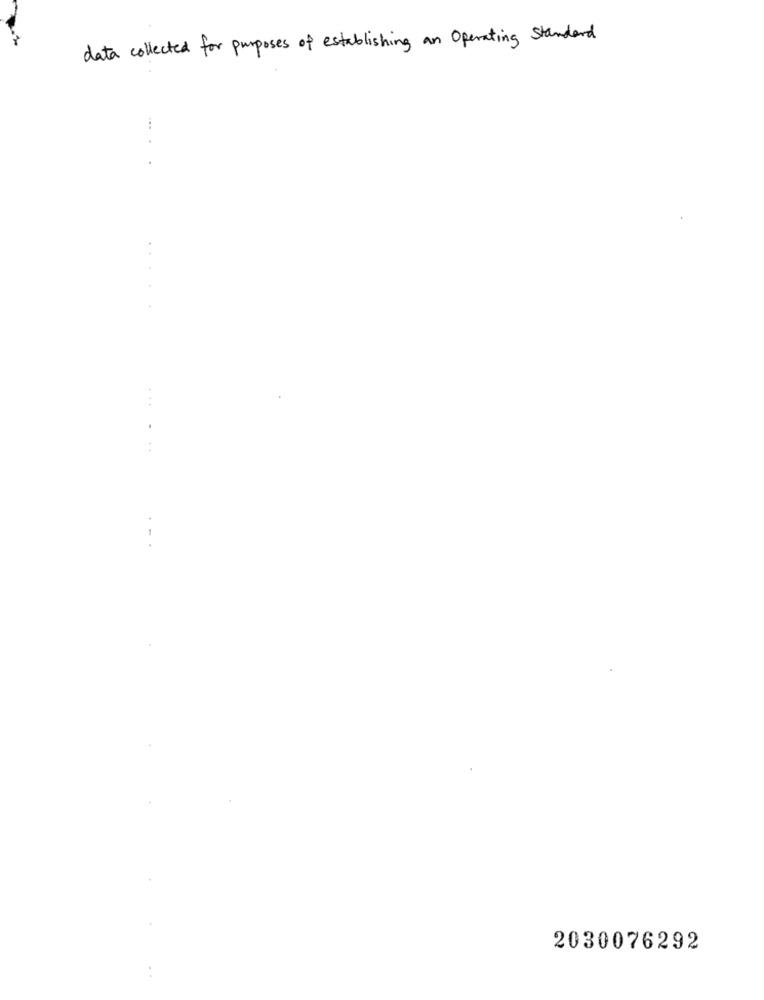
data collected for purposes of establishing an Operating Standard
.... .
- - .
2030076292